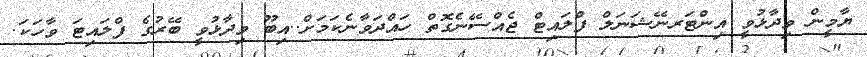
ޔާމީން ވިދާޅުވީ އިންޓަރނޭޝަނަލް ފްލައިޓް ޖެއްސޭނެގޮތް ހައްދަވާނެކަމަށް..އިބޫ ވިދާޅުވީ ބޭރުގެ ފްލައިޓަ ވާހަަކަ.